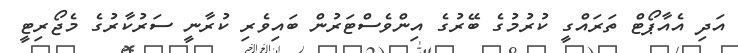
އަދި އެއާޕޯޓް ތަރައްގީ ކުރުމުގެ ބޭރުގެ އިންވެސްޓަރުން ބައިވެރި ކުރާނީ ސަރުކާރުގެ މެޖޯރިޓީ